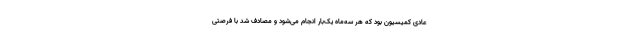
عادی کمیسیون بود که هر سه‌ماه یک‌بار انجام می‌شود و مصادف شد با فرصتی